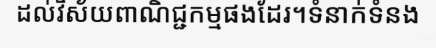
ដល់វិស័យពាណិជ្ជកម្មផងដែរ។ទំនាក់ទំនង